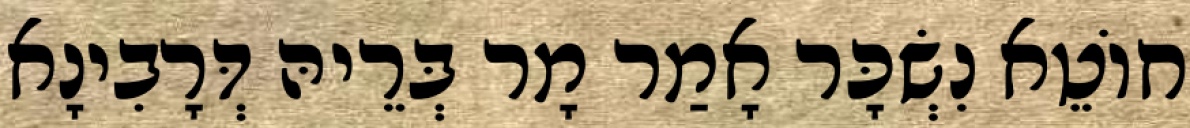
חוֹטֵא נִשְׂכָּר אָמַר מָר בְּרֵיהּ דְּרָבִינָא